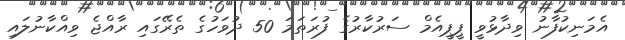
އެމަނިކުފާނު ވިދާޅުވީ ޕީޕީއެމް ސަރުކާރުގެ ފުރަތަމަ 50 ދުވަހުގެ ތެރޭގައި ރާއްޖެ ވިއްކާނުލައި